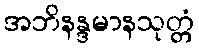
အဘိနန္ဒမာနသုတ္တံ